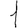
Digit: 1